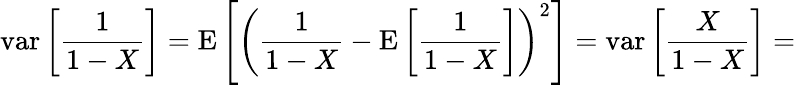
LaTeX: \operatorname{var}\left[{\frac{1}{1-X}}\right]=\operatorname{E}\left[\left({\frac{1}{1-X}}-\operatorname{E}\left[{\frac{1}{1-X}}\right]\right)^{2}\right]=\operatorname{var}\left[{\frac{X}{1-X}}\right]=